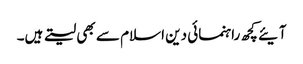
آیئے کچھ راہنمائی دین اسلام سے بھی لیتے ہیں۔